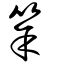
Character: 筡